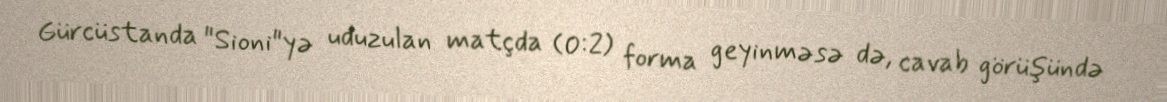
Gürcüstanda "Sioni"yə uduzulan matçda (0:2) forma geyinməsə də, cavab görüşündə